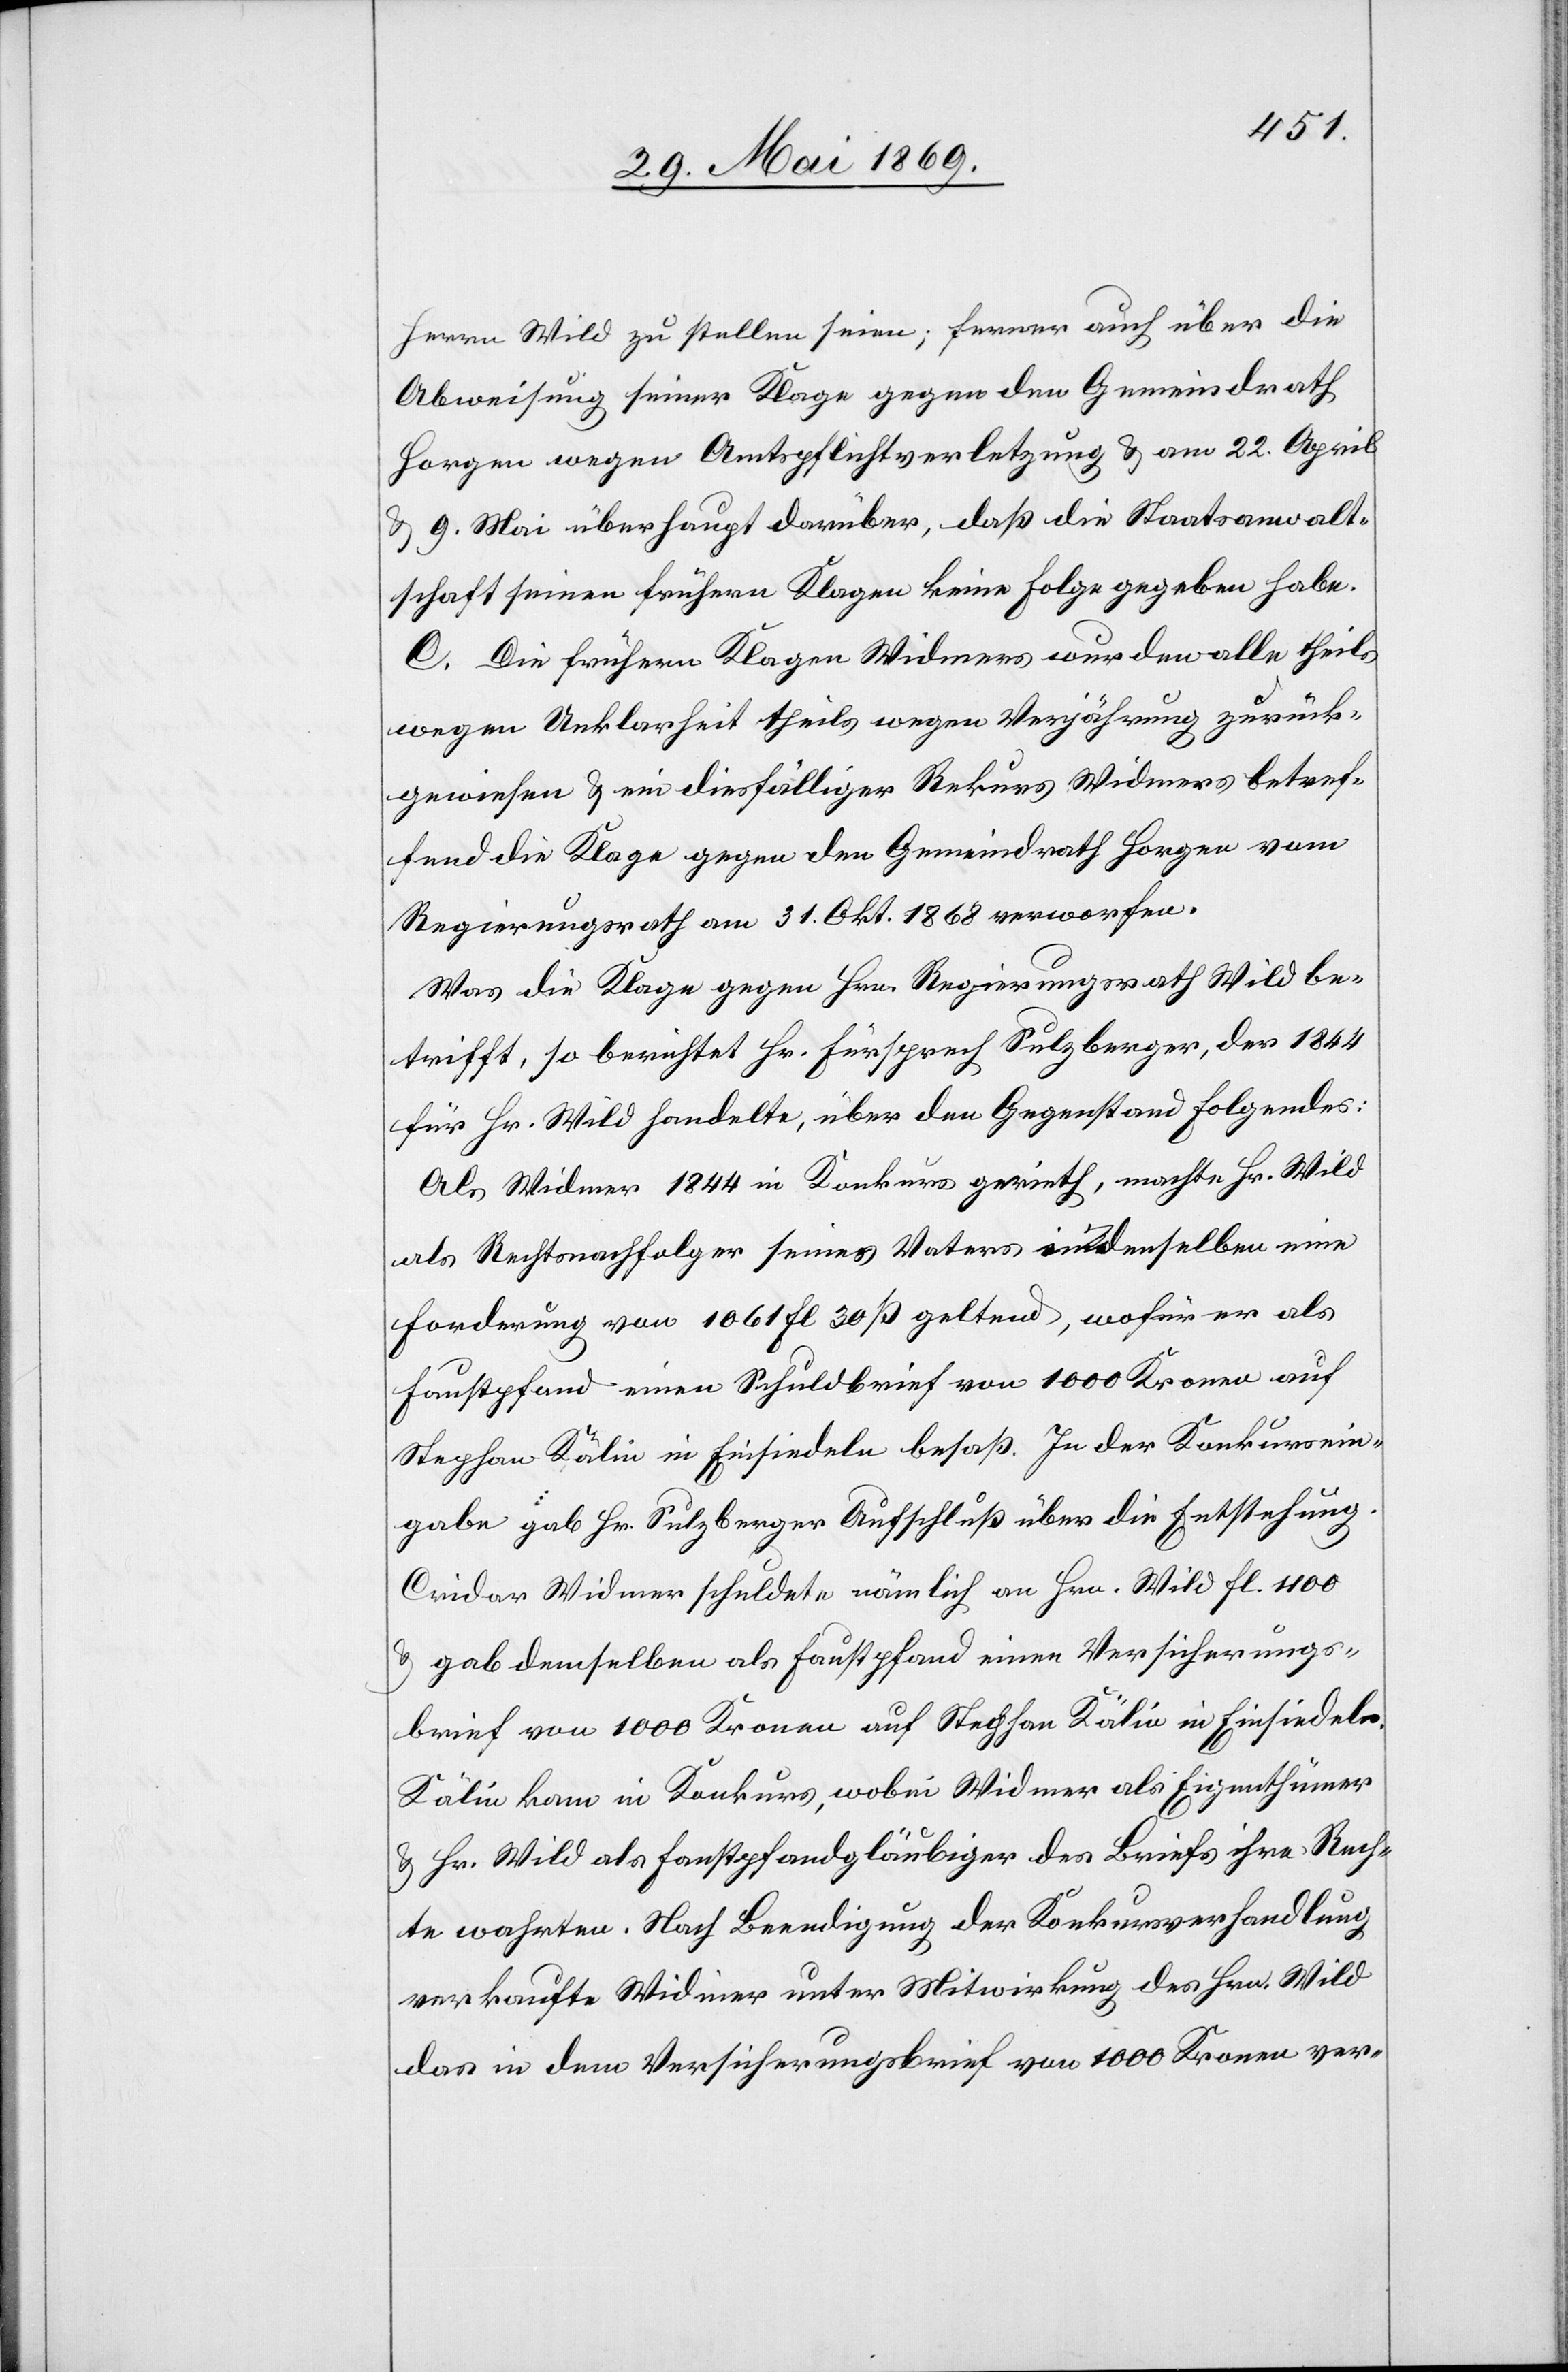
Herrn Wild zu stellen seien; ferner auch über die
Abweisung seiner Klage gegen den Gemeindrath
Horgen wegen Amtspflichtverletzung u. am 22. April
u. 9. Mai überhaupt darüber, daß die Staatsanwalt¬
schaft seinen frühern Klagen keine Folge gegeben habe.
C. Die frühern Klagen Widmers wurden alle theils
wegen Unklarheit theils wegen Verspätung zurück¬
gewiesen u. ein diesfälliger Rekurs Widmers betref¬
fend die Klage gegen den Gemeindrath Horgen vom
Regierungsrathe am 31. Okt. 1868 verworfen.
Was die Klage gegen Hrn. Regierungsrath Wild be¬
trifft, so berichtet Hr. Fürsprech Sulzberger, der 1844
für Hr. Wild handelte, über den Gegenstand Folgendes:
Als Widmer 1844 in Konkurs gerieth, machte Hr. Wild
als Rechtsnachfolger seines Vaters demselben eine
Forderung von 1061 fl 30 ß geltend, wofür er als
Hauptpfand einen Schuldbrief von 1000 Kronen auf
Stephan Kälin in Einsiedeln besaß. In der Konkursein¬
gabe gab Hr. Sulzberger Aufschluß über die Entstehung.
[sic!] Widmer schuldete nämlich an Hrn. Wild fl. 1100
u. gab demselben als Hauptpfand einen Versicherungs¬
brief von 1000 Kronen auf Stephan Kälin in Einsiedeln.
Kälin kam in Konkurs, wobei Widmer als Eigenthümer
Hr. Wild als Faustpfandgläubiger des Briefes ihre Rech¬
te wahrten. Nach Beendigung der Konkursverhandlung
verkaufte Widmer unter Mitwirkung des Hrn. Wild
das in dem Versicherungsbrief von 1000 Kronen ver-